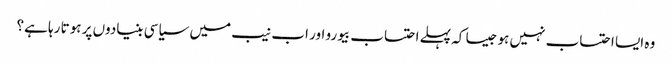
وہ ایسا احتساب نہیں ہو جیسا کہ پہلے احتساب بیورو اور اب نیب میں سیاسی بنیادوں پر ہوتا رہا ہے؟